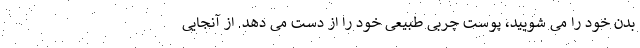
بدن خود را می شویید، پوست چربی طبیعی خود را از دست می دهد. از آنجایی